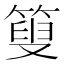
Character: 𥰞